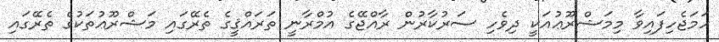
ހަމަޖެހިފައިވާ މިމަޝްރޫޢުއަކީ ދިވެހި ސަރުކާރުން ރާއްޖޭގެ އުމްރާނީ ތަރައްޤީގެ ތެރޭގައި މަޝްރޫޢުތަކުގެ ތެރޭގައި